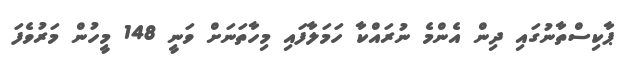
ޕާކިސްތާނުގައި ދިން އެންމެ ނުރައްކާ ހަމަލާފައި މިހާތަނަށް ވަނީ 148 މީހުން މަރުވެފަ